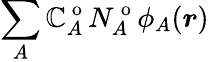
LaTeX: \sum_{A}\mathbb{C}_{A}^{\mathrm{{~o~}}}N_{A}^{\mathrm{{~o~}}}\phi_{A}(\boldsymbol{r})